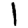
Digit: 1